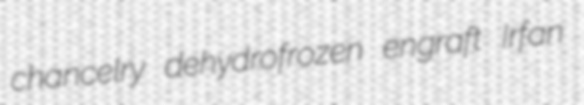
chancelry dehydrofrozen engraft Irfan